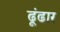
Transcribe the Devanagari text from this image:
ढूंढार